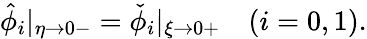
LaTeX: \begin{array}{r}{\hat{\phi}_{i}|_{\eta\to 0-}=\check{\phi}_{i}|_{\xi\to 0+}\quad(i=0,1).}\end{array}